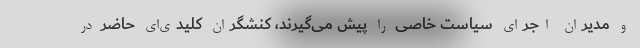
و مدیران اجرای سیاست خاصی را پیش می‌گیرند، کنشگران کلیدی‌ای حاضر در